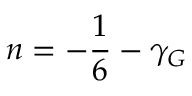
n = - { \frac { 1 } { 6 } } - \gamma _ { G }